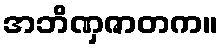
အဘိဏှဇာတက။